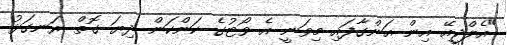
"އެލްޖީއޭ އިން އަންގާފައި މިވަނީ އެ ވޯޓުގެ ކަންކަން ދިޔަ ގޮތް ރަނގަޅު